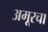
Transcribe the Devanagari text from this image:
अमूरचा